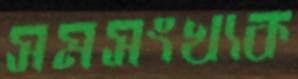
সমসংখ্যক